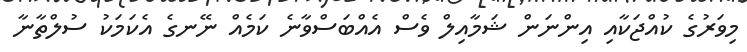
މިވަރުގެ ކުއްޖަކާއި އިންނަން ޝަމާއިލް ވެސް އެއްބަސްވާނެ ކަމެއް ނޭނގެ އެކަމަކު ސުލްތާނާ